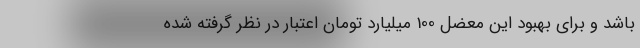
باشد و برای بهبود این معضل 100 میلیارد تومان اعتبار در نظر گرفته شده